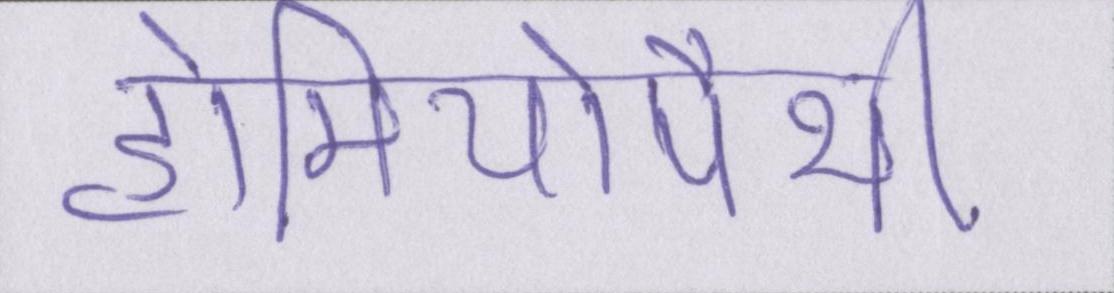
होमियोपैथी